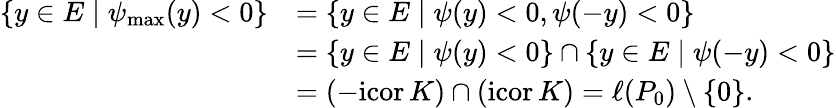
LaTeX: \begin{array}{rl}{\{ y\in E\mid\psi_{\operatorname*{max}}(y)<0\} }&{=\{ y\in E\mid\psi(y)<0,\psi(-y)<0\} }\\ &{=\{ y\in E\mid\psi(y)<0\} \cap\{ y\in E\mid\psi(-y)<0\} }\\ &{=(-\mathrm{icor}\, K)\cap(\mathrm{icor}\, K)=\ell(P_{0})\setminus\{ 0\} .}\end{array}